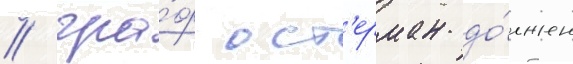
/ гра́ф ост'ерман до́лжен